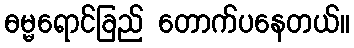
ဓမ္မရောင်ခြည် တောက်ပနေတယ်။